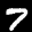
Label: 7